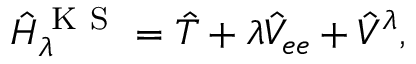
\hat { H } _ { \lambda } ^ { \mathrm { ~ K ~ S ~ } } = \hat { T } + \lambda \hat { V } _ { e e } + \hat { V } ^ { \lambda } ,